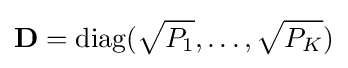
\mathbf {D} =\mathrm {diag} ({\sqrt {P_{1}}},\ldots ,{\sqrt {P_{K}}})